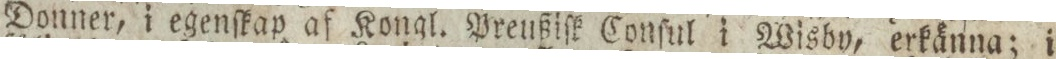
Donner, i egenſkap af Kongl. Preußiſk Conſul i Wisby, erkänna; i